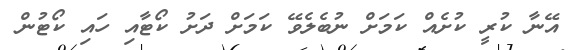
އޭނާ ކުރީ ކުށެއް ކަމަށް ނުބެލެވޭ ކަމަށް ދަށު ކޯޓާއި ހައި ކޯޓުން